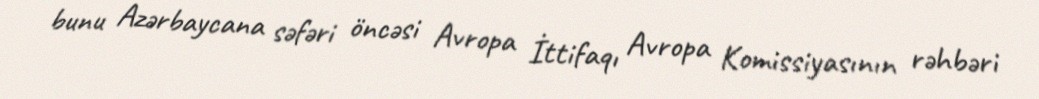
bunu Azərbaycana səfəri öncəsi Avropa İttifaqı Avropa Komissiyasının rəhbəri